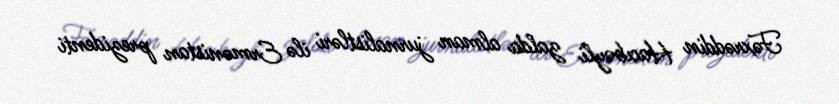
Fəxrəddin Hacıbəyli zalda alman jurnalistləri ilə Ermənistan prezidenti